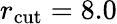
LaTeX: r_{\mathrm{cut}}=8.0